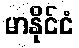
မာနိုင်ငံ